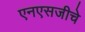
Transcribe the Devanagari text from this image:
एनएसजीचे